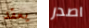
يعقد اصدر